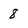
Character: 8